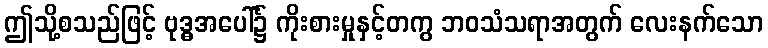
ဤသို့စသည်ဖြင့် ဗုဒ္ဓအပေါ်၌ ကိုးစားမှုနှင့်တကွ ဘဝသံသရာအတွက် လေးနက်သော